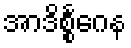
အာဒိစ္စင်္ဂေန